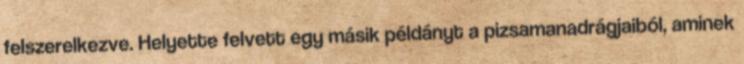
felszerelkezve. Helyette felvett egy másik példányt a pizsamanadrágjaiból, aminek